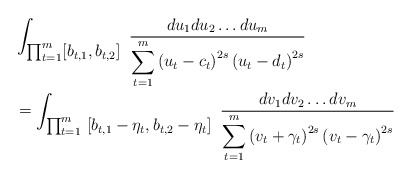
\begin{align*}&\int_{\textstyle\prod_{t=1}^m [b_{t,1}, b_{t,2}]}\ \frac{du_1du_2\ldots du_m}{\displaystyle \sum_{t=1}^m\left(u_t-c_t\right) ^{2s}\left(u_t-d_t \right)^{2s}}\\&=\int_{\textstyle\prod_{t=1}^m\ [b_{t,1}-\eta_t,b_{t,2}-\eta_t]}\ \frac{dv_1dv_2\ldots dv_m}{\displaystyle \sum_{t=1}^m\left(v_t+\gamma_t\right) ^{2s}\left(v_t-\gamma_t \right)^{2s}} \\\end{align*}